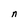
Character: n